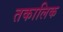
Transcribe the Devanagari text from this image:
तकालिक